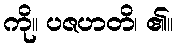
ကို။ ပဇဟတိ၊ ၏။